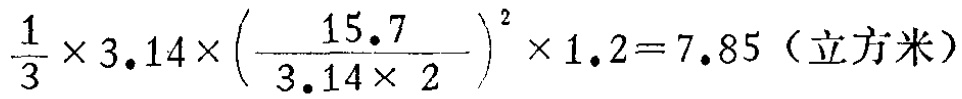
$\frac{1}{3} \times 3.14 \times \left(\frac{15.7}{3.14 \times 2}\right)^{2} \times 1.2 = 7.85 \text{（立方米）}$